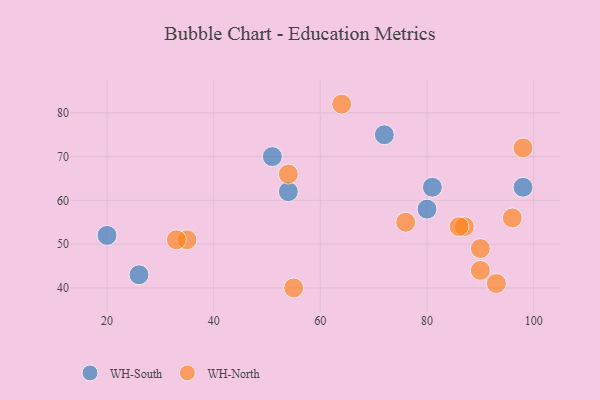
{"axis": {"x": "GDP", "y": "Life Expectancy"}, "legend": ["WH-North", "WH-South"], "data": [{"x": "51", "y": 70, "type": "WH-South"}, {"x": "54", "y": 62, "type": "WH-South"}, {"x": "26", "y": 43, "type": "WH-South"}, {"x": "80", "y": 58, "type": "WH-South"}, {"x": "72", "y": 75, "type": "WH-South"}, {"x": "81", "y": 63, "type": "WH-South"}, {"x": "20", "y": 52, "type": "WH-South"}, {"x": "98", "y": 63, "type": "WH-South"}, {"x": "98", "y": 72, "type": "WH-North"}, {"x": "76", "y": 55, "type": "WH-North"}, {"x": "54", "y": 66, "type": "WH-North"}, {"x": "55", "y": 40, "type": "WH-North"}, {"x": "35", "y": 51, "type": "WH-North"}, {"x": "93", "y": 41, "type": "WH-North"}, {"x": "90", "y": 44, "type": "WH-North"}, {"x": "33", "y": 51, "type": "WH-North"}, {"x": "87", "y": 54, "type": "WH-North"}, {"x": "64", "y": 82, "type": "WH-North"}, {"x": "90", "y": 49, "type": "WH-North"}, {"x": "86", "y": 54, "type": "WH-North"}, {"x": "96", "y": 56, "type": "WH-North"}]}